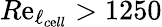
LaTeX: R\mathrm{e}_{\ell_{c\mathrm{e}ll}}>1250